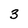
Character: 3